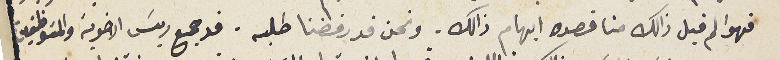
فهو لم قبل ذالك منا قصده ابهام ذالك . ونحن قد رفضنا طلبه. قد جمع ريسَ الاخوية والموظفين